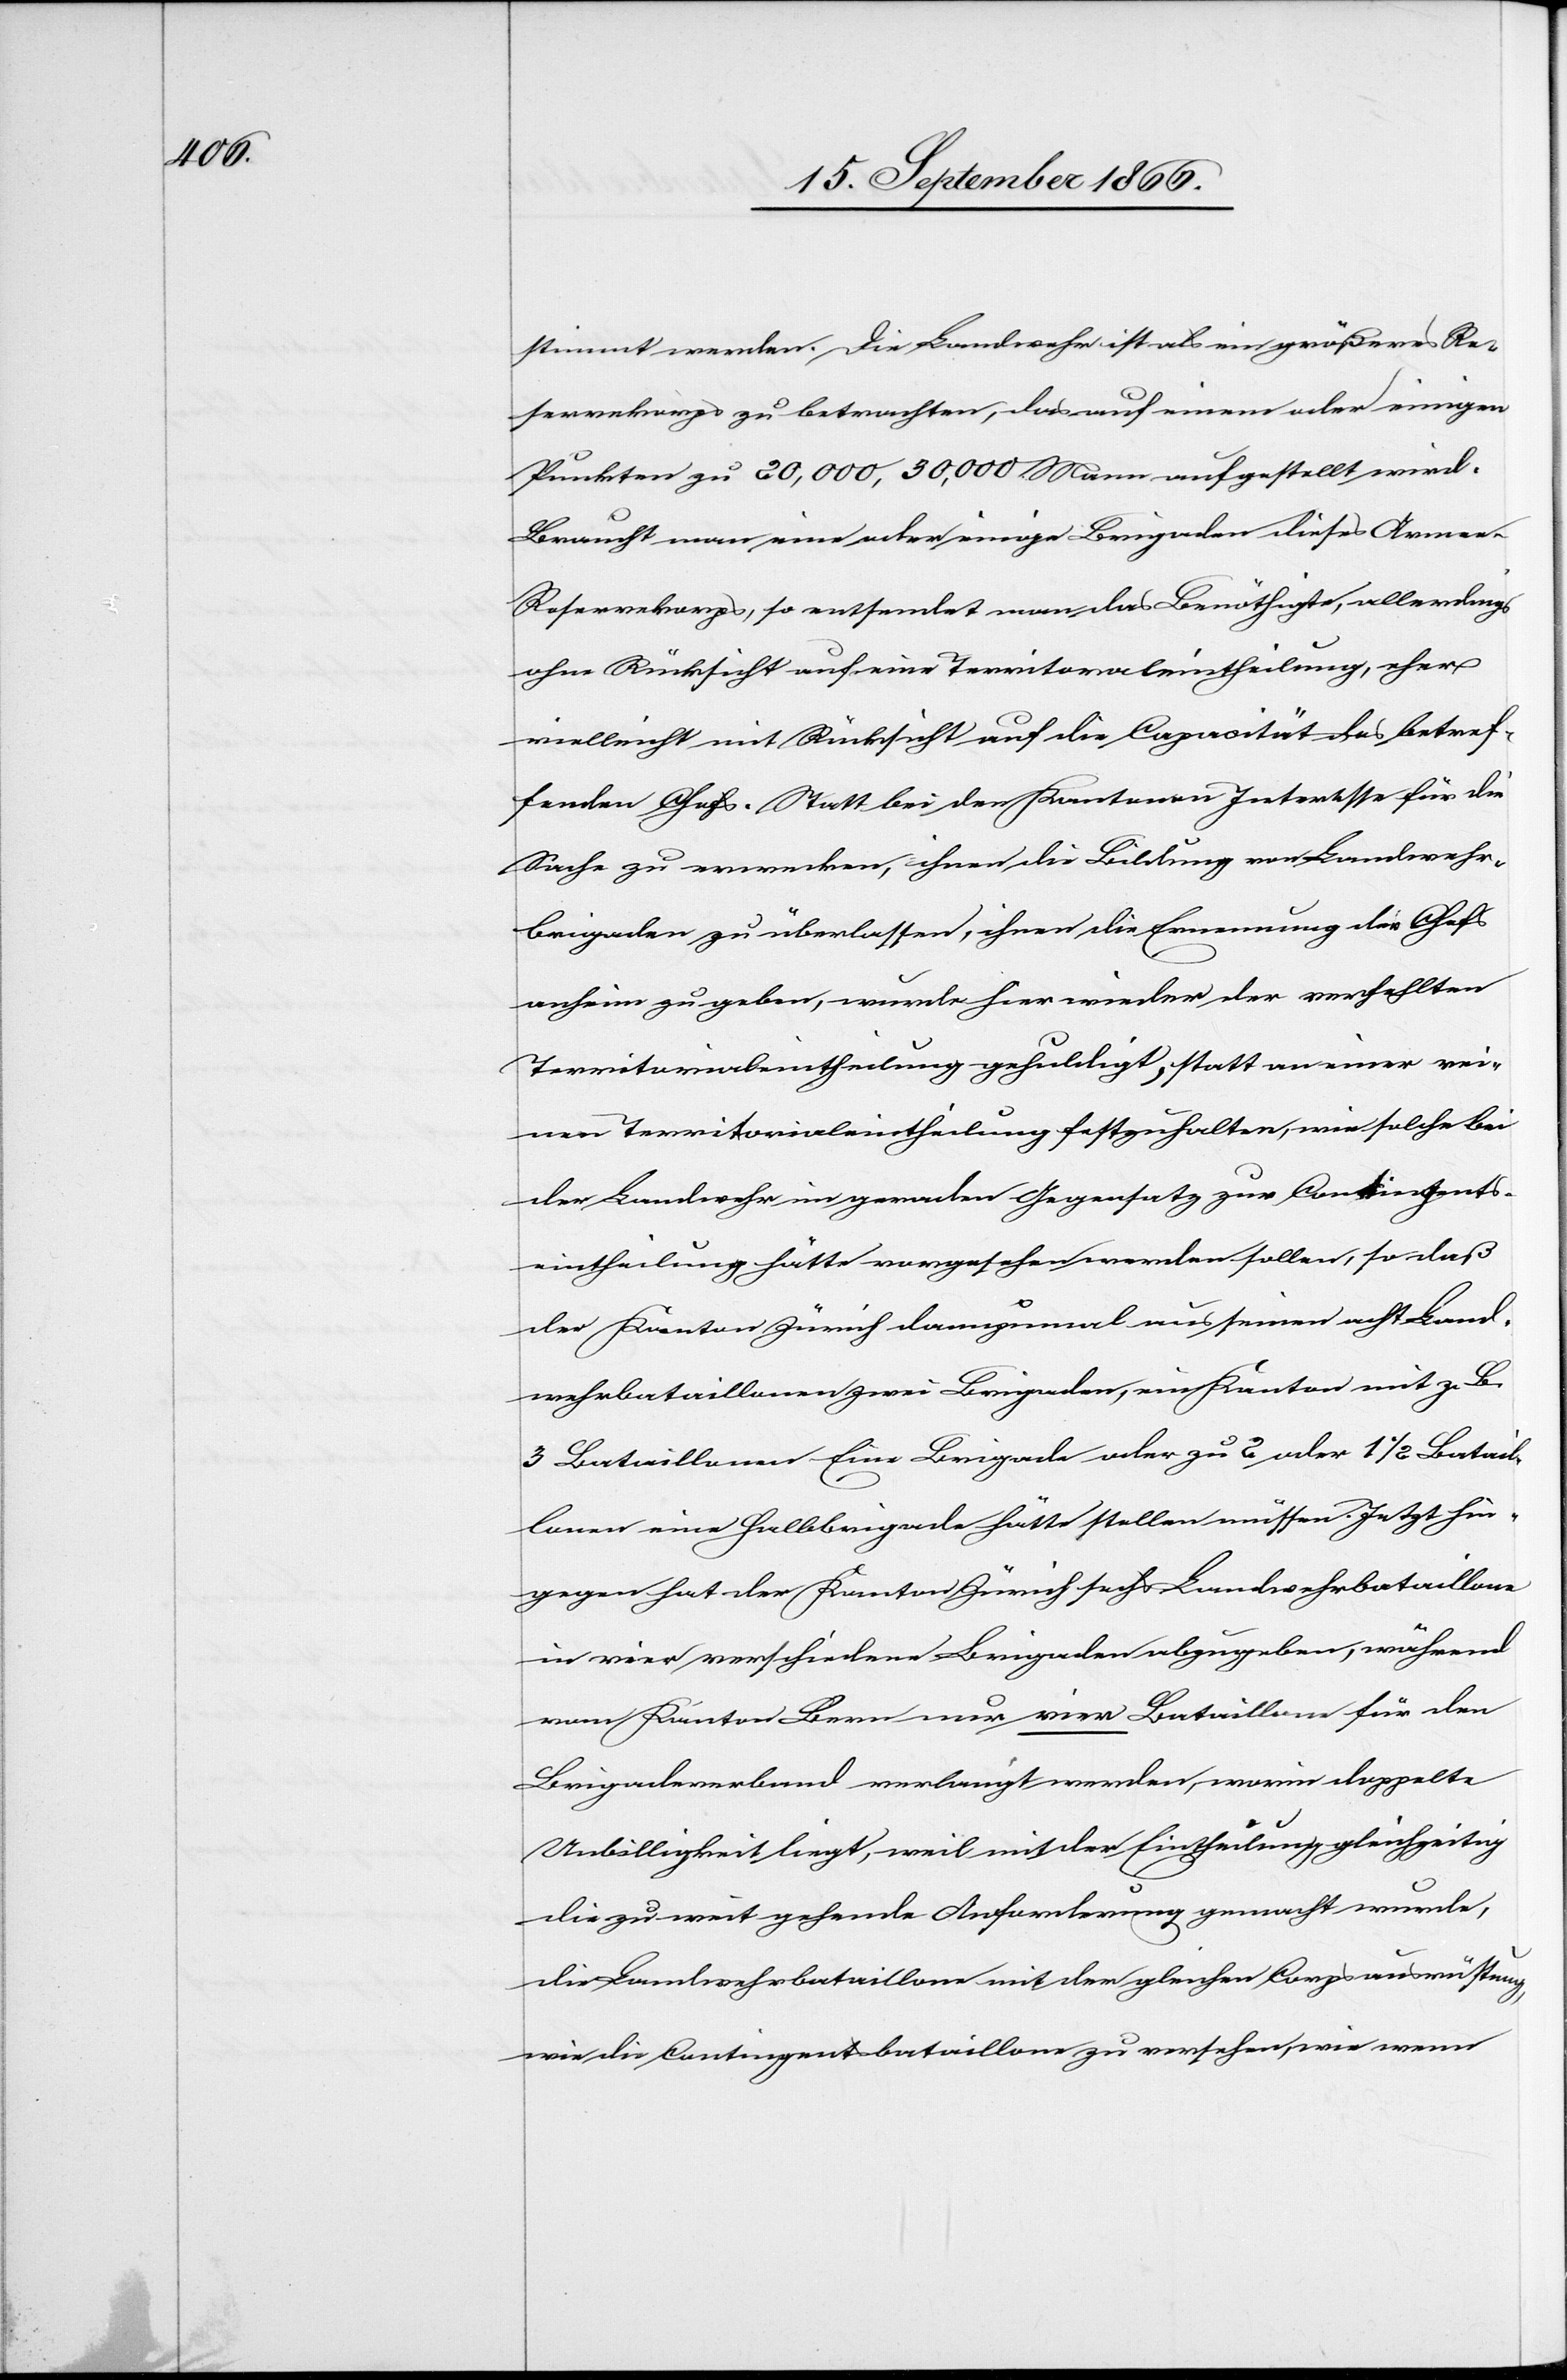
stimmt werden. Die Landwehr ist als ein größeres Re¬
servekorps zu betrachten, das auf einen oder einigen
Punkten zu 20 000, 30 000 Mann aufgestellt wird.
Braucht man eine oder einige Brigaden dieses Arme¬
e-Reservekorps, so entsendet man das Benöthigte, allerdings
ohne Rücksicht auf eine Territorialeintheilung, eher
vielleicht mit Rücksicht auf die Capacität des betref¬
fenden Chefs. Statt bei den Kantonen Interesse für die
Sache zu erwecken, ihnen die Bildung von Landwehr¬
brigaden zu überlassen, ihnen die Ernennung der Chefs
anheim zu geben, wurde hier wieder der verfehlten
Territorialeintheilung gehuldigt, statt an einer rei¬
nen Territorialeintheilung festzuhalten, wie solche bei
der Landwehr im geraden Gegensatz zur Contingents¬
eintheilung hätte vorgesehen werden sollen, so daß
der Kanton Zürich dannzumal aus seinen acht Land¬
wehrbataillonen zwei Brigaden, ein Kanton mit z. B.
3 Bataillonen Eine Brigade oder zu 2 oder 1 ½ Batail¬
lonen eine Halbbrigade hätte stellen müssen. Jetzt hin¬
gegen hat der Kanton Zürich sechs Landwehrbataillone
in vier verschiedenen Brigaden abzugeben, während
vom Kanton Bern nur vier Bataillone für den
Brigadenverband verlangt werden, worin doppelte
Unbilligkeit liegt, weil mit der Eintheilung gleichzeitig
die zu weit gehende Anforderung gemacht wurde,
die Landwehrbataillone mit der gleichen Corpsausrüstung
wie die Contingentsbataillone zu versehen, wie wenn